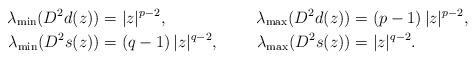
LaTeX: \begin{align*}\lambda_{\rm min}(D^2d(z))&= |z|^{p-2}, & \lambda_{\rm max}(D^2d(z))&=(p-1)\, |z|^{p-2}, \\\lambda_{\rm min}(D^2s(z))&= (q-1)\, |z|^{q-2}, & \lambda_{\rm max}(D^2 s(z))&= |z|^{q-2}. \end{align*}